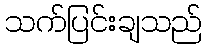
သက်ပြင်းချသည်